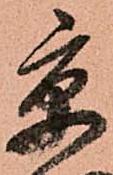
京